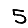
Digit: 5